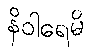
နိဝါရေမိ